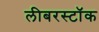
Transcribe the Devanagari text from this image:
लीबरस्टॉक